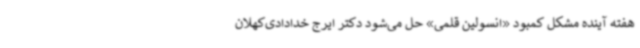
هفته آینده مشکل کمبود «انسولین قلمی» حل می‌شود دکتر ایرج خدادادی‌کهلان